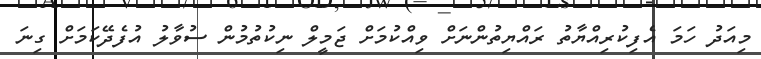
މިއަދު ހަމަ އެފިކުރިއްޔާތު ރައްޔިތުންނަށް ވިއްކުމަށް ޖަމީލް ނިކުތުމުން ސުވާލު އުފެދޭކަމަށް ގިނަ